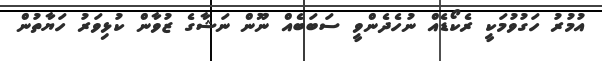
އުމުރު ހަގުވުމަކީ ރެކޯޑެއް ނުހެދެންވީ ސަބަބެއް ނޫން ނަޝާގެ ޒުވާން ކުޅިވަރު ހަޔާތުން